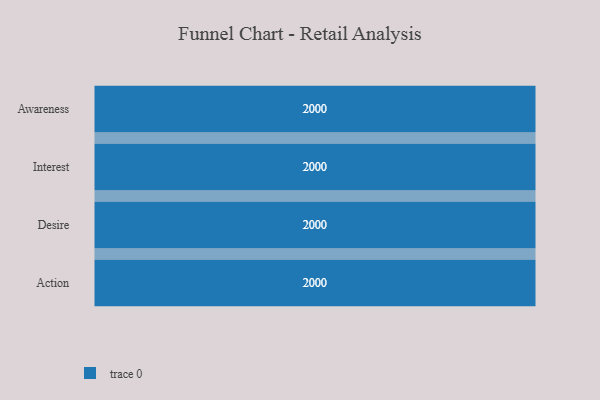
{"axis": {"x": "Stage", "y": "Value"}, "legend": [""], "data": [{"x": "Awareness", "y": 2000, "type": ""}, {"x": "Interest", "y": 2000, "type": ""}, {"x": "Desire", "y": 2000, "type": ""}, {"x": "Action", "y": 2000, "type": ""}]}